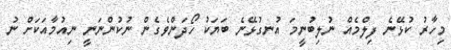
މިހާރު ކުޅޭނެ ފިލްމެއް ނުލިބުނީމަ އުނގުޅޭނެ ބަޔަކު ހޯދަންވެގެން ނުކުންނަނީ ނިއުމާއަކަށް ނު